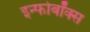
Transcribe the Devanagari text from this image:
इन्फोबॉक्स